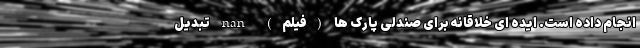
انجام داده است. ایده ای خلاقانه برای صندلی پارک ها (فیلم) nan تبدیل